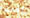
الى